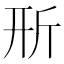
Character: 𣂖